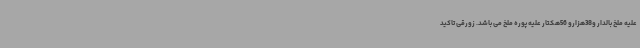
علیه ملخ بالدار و38هزارو 56هکتار علیه پوره ملخ می باشد. زورقی تاکید